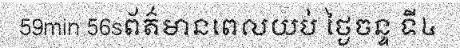
59min 56sព័ត៌មានពេលយប់ ថ្ងៃចន្ទ ទី៤